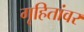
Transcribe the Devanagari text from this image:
गृहितांवर